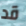
قد